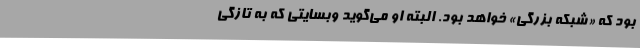
بود که «شبکه بزرگی» خواهد بود. البته او می‌گوید وبسایتی که به تازگی